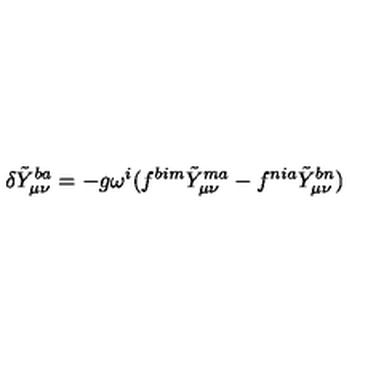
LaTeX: \delta \tilde { Y } _ { \mu \nu } ^ { b a } = - g \omega ^ { i } ( f ^ { b i m } \tilde { Y } _ { \mu \nu } ^ { m a } - f ^ { n i a } \tilde { Y } _ { \mu \nu } ^ { b n } )